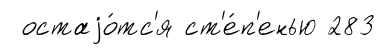
остаjо́тс'я ст'е́п'енью 283